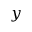
y